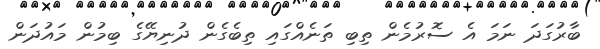
ބާރުގަދަ ނަމަ އެ ސޮރުމެން ތިބި ތަނެއްގައި ތިބެގެން ދުނިޔޭގެ ބިމުން މައުދަން